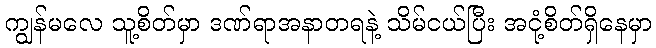
ကျွန်မလေ သူ့စိတ်မှာ ဒဏ်ရာအနာတရနဲ့ သိမ်ငယ်ပြီး အငုံ့စိတ်ရှိနေမှာ